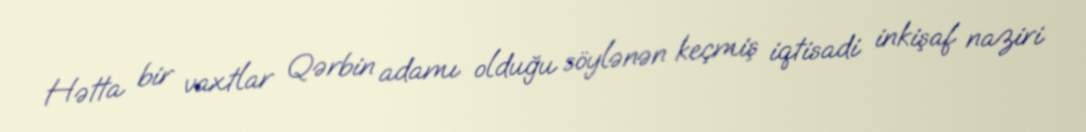
Hətta bir vaxtlar Qərbin adamı olduğu söylənən keçmiş iqtisadi inkişaf naziri